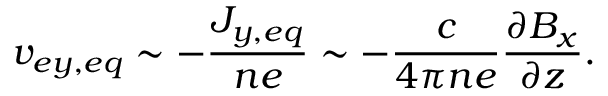
v _ { e y , e q } \sim - \frac { J _ { y , e q } } { n e } \sim - \frac { c } { 4 \pi n e } \frac { \partial B _ { x } } { \partial z } .